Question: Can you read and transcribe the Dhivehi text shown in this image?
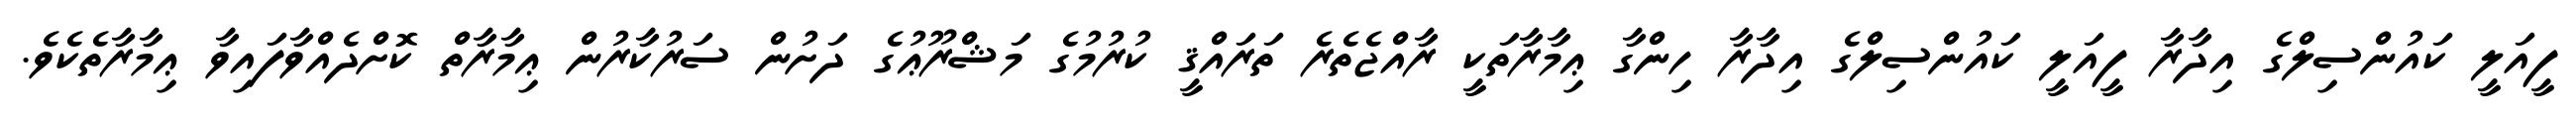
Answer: ފީއަލީ ކައުންސިލްގެ އިދާރާ ފީއަލީ ކައުންސިލްގެ އިދާރާ ހިންގާ ޢިމާރާތަކީ ރާއްޖެތެރެ ތަރައްޤީ ކުރުމުގެ މަޝްރޫޢުގެ ދަށުން ސަރުކާރުން ޢިމާރާތް ކޮށްދެއްވާފައިވާ ޢިމާރާތެކެވެ.